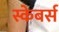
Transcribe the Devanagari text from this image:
स्केबर्स